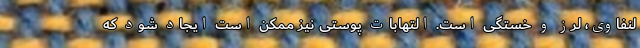
لنفاوی، لرز و خستگی است. التهابات پوستی نیز ممکن است ایجاد شود که